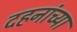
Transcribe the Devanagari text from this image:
दहनांच्या